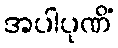
အပါပုဏိံ